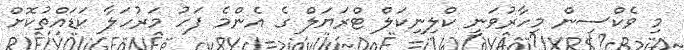
މި ވެކްސިން މިހާރުވަނީ ކްލިނިކަލް ޓްރަޔަލް ގެ އެންމެ ފަހު މަރުހަލާ ކަޑައްތުކޮށް